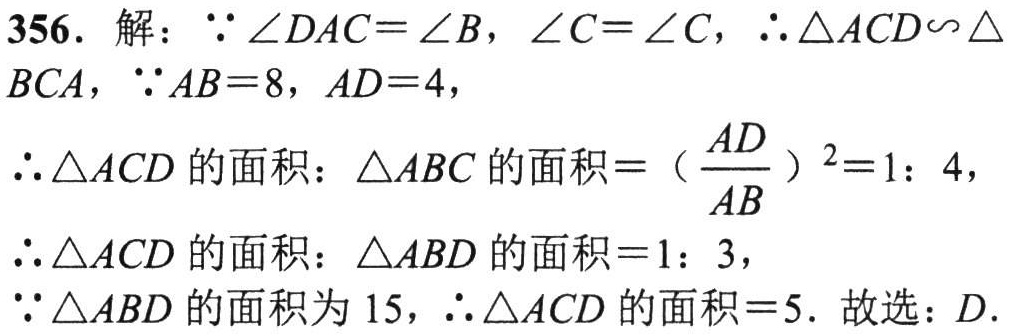
356. 解：\(\because \angle DAC = \angle B\)，\(\angle C = \angle C\)，\(\therefore \triangle ACD\sim \triangle BCA\)，\(\because AB = 8\)，\(AD = 4\)，

\(\therefore \triangle ACD\)的面积：\(\triangle ABC\)的面积\(= (\frac{AD}{AB})^2 = 1:4\)，

\(\therefore \triangle ACD\)的面积：\(\triangle ABD\)的面积\(= 1:3\)，

\(\because \triangle ABD\)的面积为\(15\)，\(\therefore \triangle ACD\)的面积\( = 5\). 故选：\(D\).